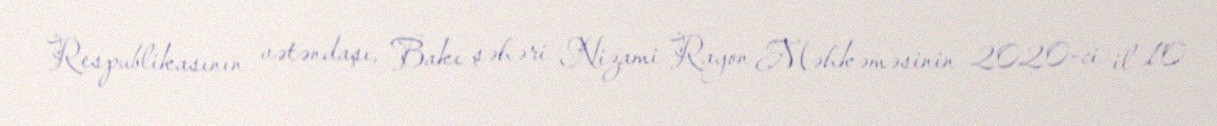
Respublikasının vətəndaşı, Bakı şəhəri Nizami Rayon Məhkəməsinin 2020-ci il 10